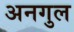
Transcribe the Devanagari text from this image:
अनगुल